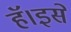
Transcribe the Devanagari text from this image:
हॅ।इसे